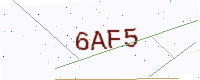
Text: 6AF5